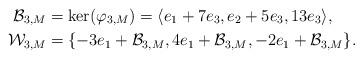
LaTeX: \begin{align*} \mathcal{B}_{3,M} & = \ker(\varphi_{3,M}) = \langle e_1+7e_3, e_2 + 5e_3, 13e_3 \rangle, \\ \mathcal{W}_{3,M} & = \{-3e_1+\mathcal{B}_{3,M}, 4e_1+\mathcal{B}_{3,M}, -2e_1+\mathcal{B}_{3,M} \}.\end{align*}